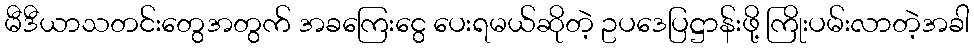
မီဒီယာသတင်းတွေအတွက် အခကြေးငွေ ပေးရမယ်ဆိုတဲ့ ဥပဒေပြဋ္ဌာန်းဖို့ ကြိုးပမ်းလာတဲ့အခါ